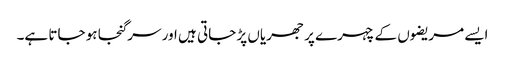
ایسے مریضوں کے چہرے پر جھریاں پڑ جاتی ہیں اور سر گنجا ہو جاتا ہے۔